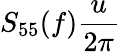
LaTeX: \displaystyle S_{55}(f)\frac{u}{2\pi}